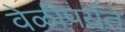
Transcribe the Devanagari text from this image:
वेळीपर्यंत